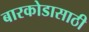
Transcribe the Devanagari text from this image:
बारकोडासाठी